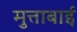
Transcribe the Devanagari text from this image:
मुत्ताबाई